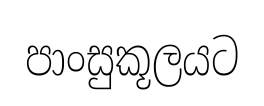
පාංසුකූලයට